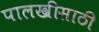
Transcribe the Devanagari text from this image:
पालखीसाठी